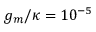
g _ { m } / \kappa = 1 0 ^ { - 5 }